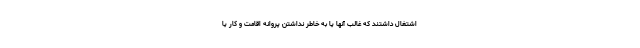
اشتغال داشتند که غالب آنها یا به خاطر نداشتن پروانه اقامت و کار یا